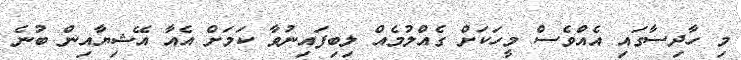
މި ހާދިސާގައި އެއްވެސް މީހަކަށް ގެއްލުމެއް ލިބިފައިނުވާ ކަމަށް އެއާ އޭޝިޔާއިން ބުނެ